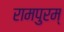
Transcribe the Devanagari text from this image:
रामपुरम्